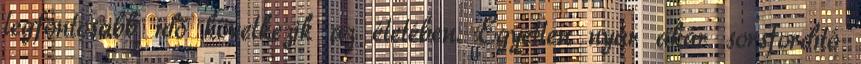
legfontosabb idő következik az életében. Egyetlen nyár akár sorsfordító